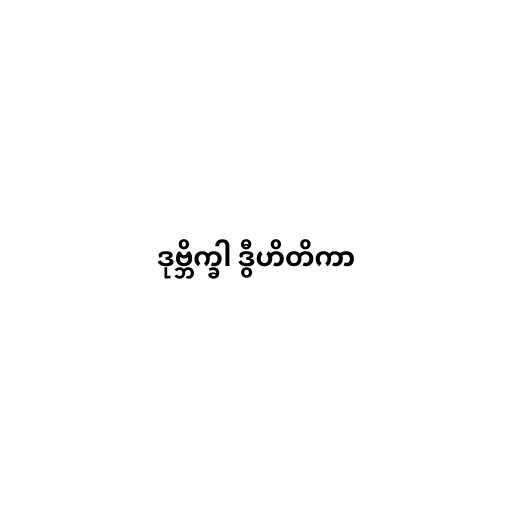
ဒုဗ္ဘိက္ခါ ဒွီဟိတိကာ